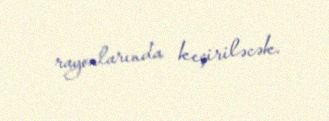
rayonlarında keçiriləcək.